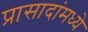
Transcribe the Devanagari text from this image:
प्रासादांमध्ये